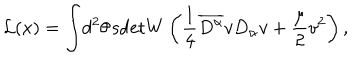
LaTeX: \mathcal { L } ( x ) = \int \! d ^ { 2 } \theta \, \mathrm { s d e t } W \left( \frac { 1 } { 4 } \overline { { { D ^ { \alpha } } } } v D _ { \alpha } v + \frac { \mu } { 2 } v ^ { 2 } \right) ,